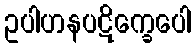
ဥပါဟနပဋိက္ခေပေါ